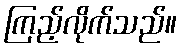
ကြည့်လိုက်သည်။